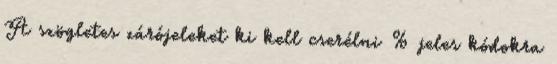
A szögletes zárójeleket ki kell cserélni % jeles kódokra